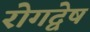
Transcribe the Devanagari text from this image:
रोगद्वेष